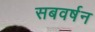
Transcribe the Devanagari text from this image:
सबवर्षन